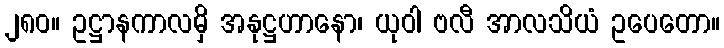
၂၈၀။ ဥဋ္ဌာနကာလမှိ အနုဋ္ဌဟာနော၊ ယုဝါ ဗလီ အာလသိယံ ဥပေတော။